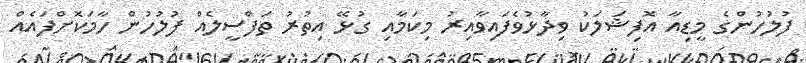
ފުލުހުންގެ މީޑިއާ އޮފިޝަލަކު ވިދާޅުވެފައިވާއިރު މިކަމާއި ގުޅޭ އިތުރު ތަފްސީލެއް ފުލުހުން ހާމަކޮށްފައެއް